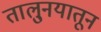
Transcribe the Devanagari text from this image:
तालु्नयातून